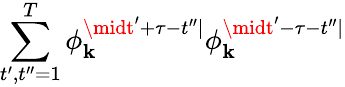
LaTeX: \sum_{t^{\prime},t^{\prime\prime}=1}^{T}\phi_{\mathbf{k}}^{\midt^{\prime}+\tau-t^{\prime\prime}\mid}\phi_{\mathbf{k}}^{\midt^{\prime}-\tau-t^{\prime\prime}\mid}